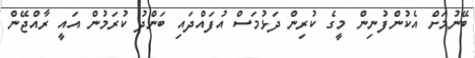
ބޭނުމަށް އެކުންފުނިން މީގެ ކުރިން ދަޅުމަސް އުފައްދައި ބަންދު ކުރަމުން އައީ ރާއްޖޭން